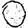
Digit: 0